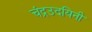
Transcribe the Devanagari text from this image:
चंद्रउदयिनी